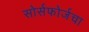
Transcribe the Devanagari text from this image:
सोर्सफोर्जचा